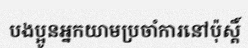
បងប្អូនអ្នកយាមប្រចាំការនៅប៉ុស្តិ៍